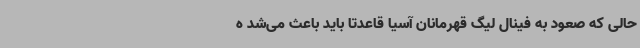
حالی‌ که صعود به فینال لیگ قهرمانان آسیا قاعدتا باید باعث می‌شد ه